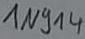
Text: 1N914